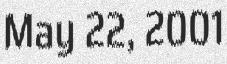
May 22, 2001